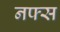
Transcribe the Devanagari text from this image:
नफ्स